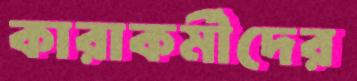
কারাকর্মীদের